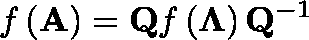
f \left( \mathbf { A } \right) = \mathbf { Q } f \left( \mathbf { \Lambda } \right) \mathbf { Q } ^ { - 1 }